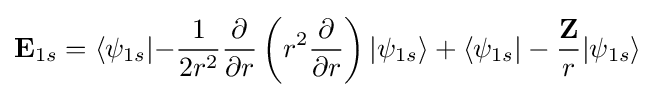
\mathbf {E} _{1s}=\langle \psi _{1s}|\mathbf {-} {\frac {1}{2r^{2}}}{\frac {\partial }{\partial r}}\left(r^{2}{\frac {\partial }{\partial r}}\right)|\psi _{1s}\rangle +\langle \psi _{1s}|-{\frac {\mathbf {Z} }{r}}|\psi _{1s}\rangle